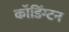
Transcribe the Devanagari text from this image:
कॉडिंग्टन